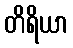
တိရိယာ